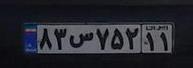
۸۳س۷۵۲۱۱